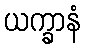
ယက္ခာနံ